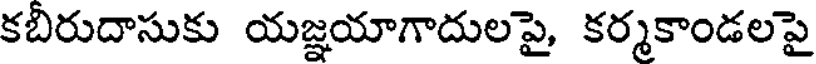
కబీరుదాసుకు యజ్ఞయాగాదులపై, కర్మకాండలపై